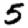
Digit: 5